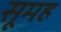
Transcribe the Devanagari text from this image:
सूमह